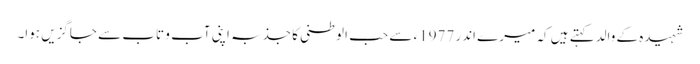
شہیدہ کے والدکہتے ہیں کہ میرے اندر 1977ء سے حب الوطنی کا جذبہ اپنی آب و تاب سے جاگزیں ہوا۔